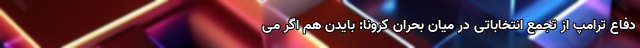
دفاع ترامپ از تجمع انتخاباتی در میان بحران کرونا: بایدن هم اگر می